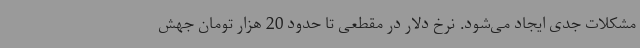
مشکلات جدی ایجاد می‌شود. نرخ دلار در مقطعی تا حدود 20 هزار تومان جهش